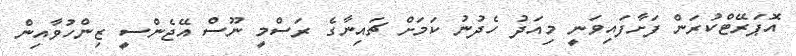
އޮޕަރޭޓްކުރަން ފަށާފައިވަނީ މިއަދު ހެދުނު ކަމަށް ޗައިނާގެ ރަސްމީ ނޫސް އޭޖެންސީ ޒިންހުވާއިން